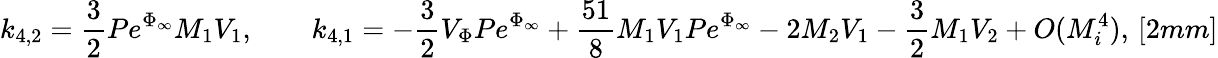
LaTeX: k_{4,2}=\frac{3}{2}Pe^{\Phi_{\infty}}M_{1}V_{1},\qquad k_{4,1}=-\frac{3}{2}V_{\Phi}Pe^{\Phi_{\infty}}+\frac{51}{8}M_{1}V_{1}Pe^{\Phi_{\infty}}-2M_{2}V_{1}-\frac{3}{2}M_{1}V_{2}+O(M_{i}^{4}),\, [2mm]